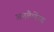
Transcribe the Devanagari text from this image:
अनबैलेंस्ड